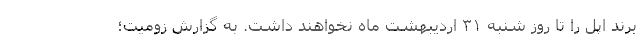
برند اپل را تا روز شنبه ۳۱ اردیبهشت ماه نخواهند داشت. به گزارش زومیت؛